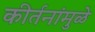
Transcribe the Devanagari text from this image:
कीर्तनांमुळे